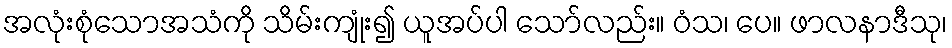
အလုံးစုံသောအသံကို သိမ်းကျုံး၍ ယူအပ်ပါ သော်လည်း။ ဝံသ၊ ပေ။ ဖာလနာဒီသု၊